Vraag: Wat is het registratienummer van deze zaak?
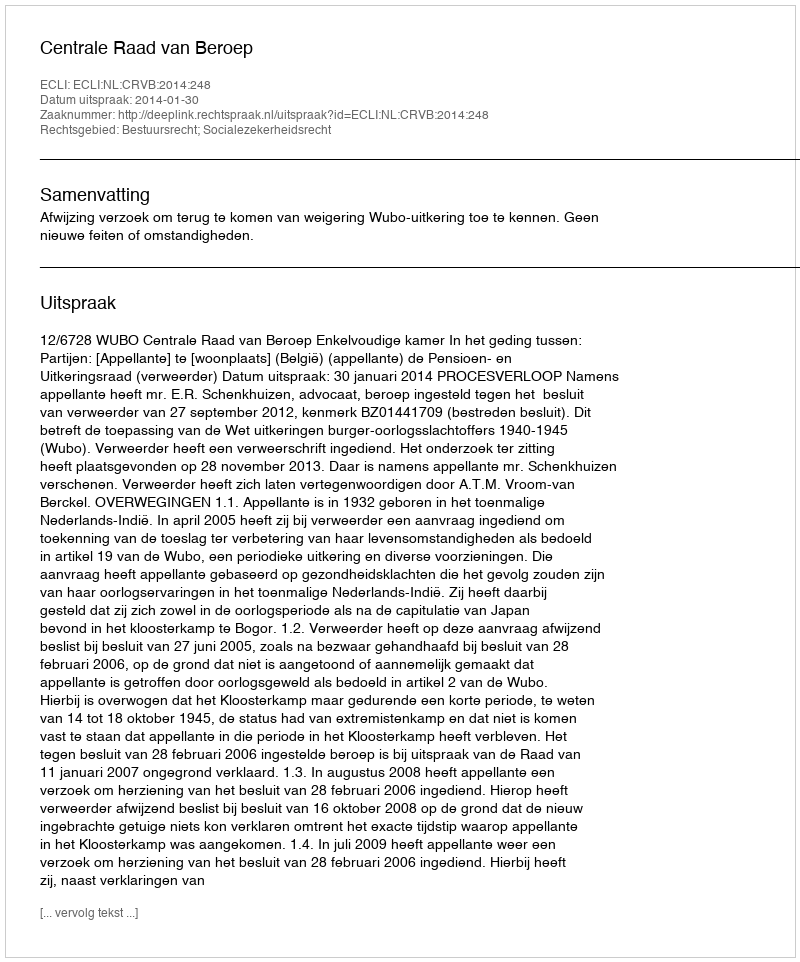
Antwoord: http://deeplink.rechtspraak.nl/uitspraak?id=ECLI:NL:CRVB:2014:248